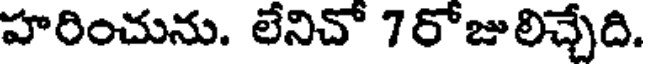
హరించును. లేనిచో 7రోజులిచ్చేది.